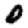
Digit: 0